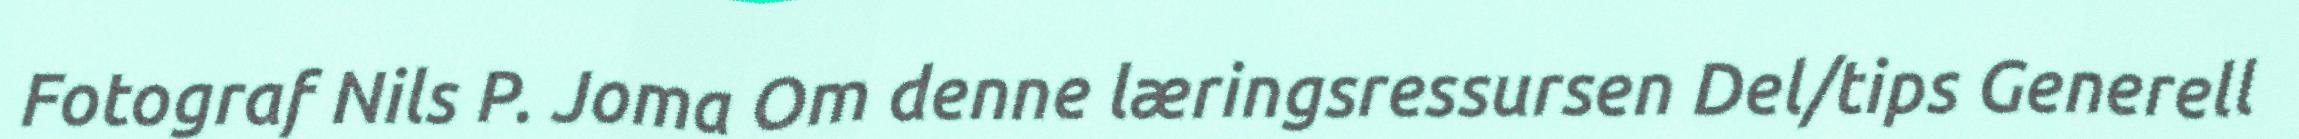
Fotograf Nils P. Joma Om denne læringsressursen Del/tips Generell